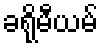
ခရိုမီယမ်